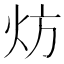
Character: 𬊀